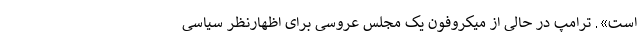
است». ترامپ در حالی از میکروفون یک مجلس عروسی برای اظهارنظر سیاسی